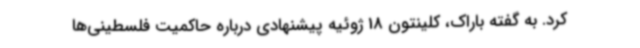
کرد. به گفته باراک، کلینتون 18 ژوئیه پیشنهادی درباره حاکمیت فلسطینی‌ها